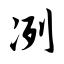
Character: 冽